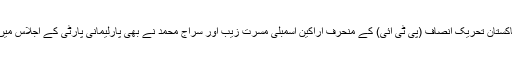
علاوہ ازیں پاکستان تحریک انصاف (پی ٹی آئی) کے منحرف اراکینِ اسمبلی مسرت زیب اور سراج محمد نے بھی پارلیمانی پارٹی کے اجلاس میں شرکت کی۔